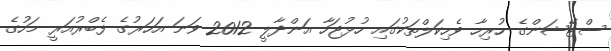
ސްޓޭޝަންގެ ހުރިހާ ވެހިކަލްތަކުގައި ހުޅުޖަހާ އަންދާލީ 2012 ވަނަ އަހަރުގެ ފެބްރުއަރީ މަހުގެ